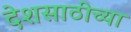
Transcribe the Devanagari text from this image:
देशसाठीच्या